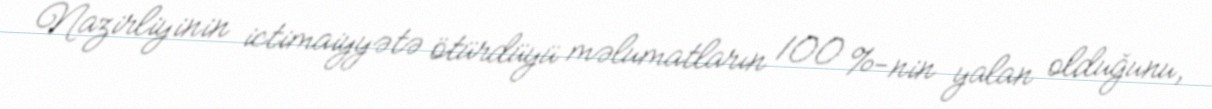
Nazirliyinin ictimaiyyətə ötürdüyü məlumatların 100 %-nin yalan olduğunu,